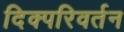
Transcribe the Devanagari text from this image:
दिक्परिवर्तन